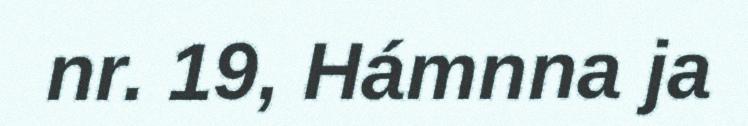
nr. 19, Hámnna ja